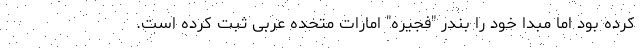
کرده بود اما مبدا خود را بندر "فجیره" امارات متحده عربی ثبت کرده است.